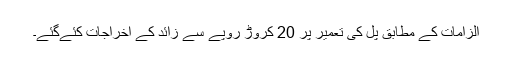
الزامات کے مطابق پل کی تعمیر پر 20 کروڑ روپے سے زائد کے اخراجات کئےگئے۔